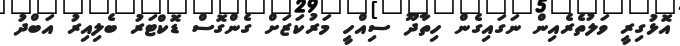
އޮޅުގިރީ ވަލުތެރެއިން ނަގައިގެން ހިތާދޫ ސިއްހީ މަރުކަޒަށް ގެންގޮސް ޑޮކްޓަރު ބެލިއިރު އަބްދު